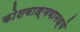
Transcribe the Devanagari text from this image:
कोशवाङ्मयामध्ये